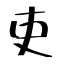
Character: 吏